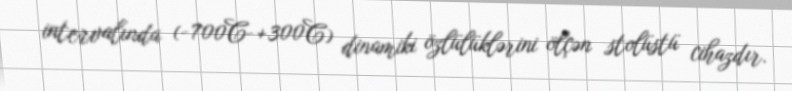
intervalında (-700C-+300C) dinamiki özlülüklərini ölçən stolüstü cihazdır.